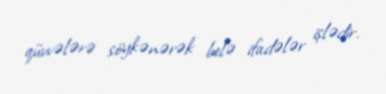
qüvvələrə söykənərək belə ifadələr işlədir.